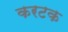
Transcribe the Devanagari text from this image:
करटक